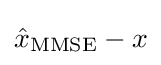
{\hat {x}}_{\operatorname {MMSE} }-x